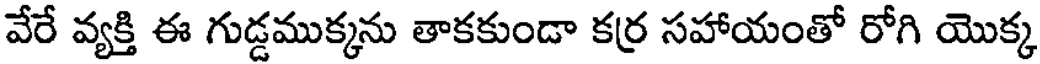
వేరే వ్యక్తి ఈ గుడ్డముక్కను తాకకుండా కర్ర సహాయంతో రోగి యొక్క